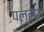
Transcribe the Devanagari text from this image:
पल्‍ला